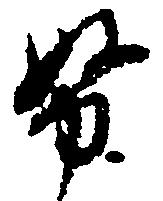
努